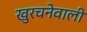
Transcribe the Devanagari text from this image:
खुरचनेवाली